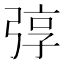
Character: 弴